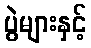
ပွဲများနှင့်